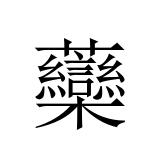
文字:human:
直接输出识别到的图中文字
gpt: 虊